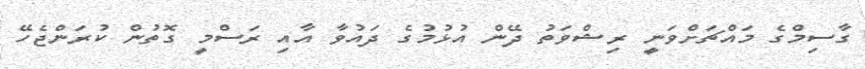
ގާސިމްގެ މައްޗަށްވަނީ ރިޝްވަތު ދޭން އުޅުމުގެ ދައުވާ އާއި ރަސްމީ ގޮޮތުން ކުރަންޖެހޭ